Annual administration report of the Civil Veterinary Department, Ajmere-Merwara, British Rajputana - 1914-1940
Year: 1914
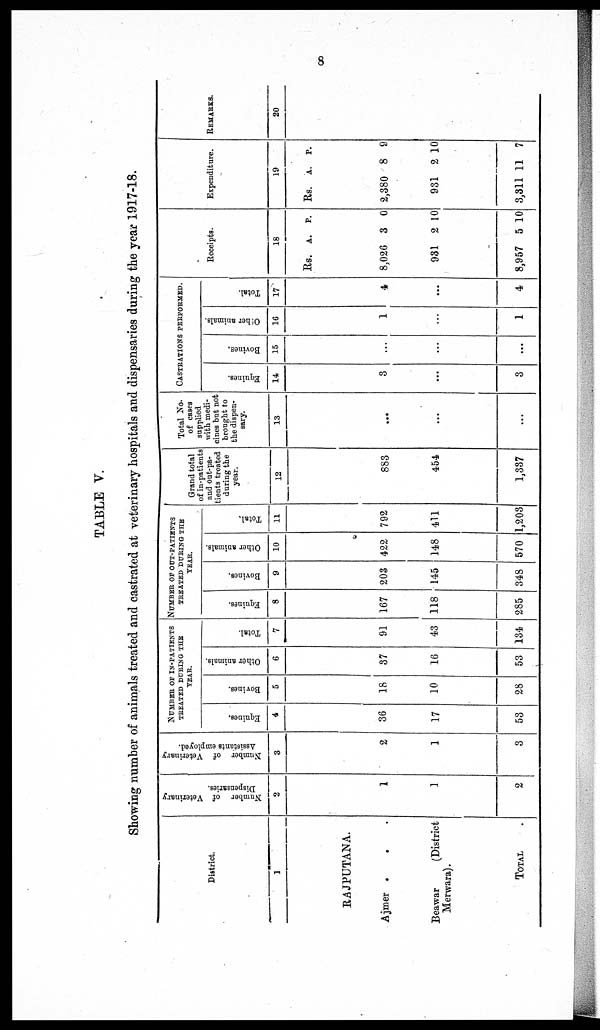
8
TABLE V.
Showing number of animals treated and castrated at veterinary hospitals and dispensaries during the year 1917-18.
District.
1
RAJPUTANA
Ajmer . . .
Beawar
(District
Merwara).
TOTAL .
Number of Veterinary
Dispensaries.
2
1
1
2
Number of Veterinary
Assistants employed.
3
2
1
3
NUMBER OF IN-PATIETS
TREATED DURING THE
YEAR.
Equines.
4
36
17
53
Bovines.
5
18
10
28
Other animals.
6
37
16
53
Total.
7
91
43
134
NUMBER OF OUT-PATIENTS
TREATED DURING THE
YEAR.
Equines.
8
167
118
285
Bovines.
9
203
145
348
Other animals.
10
422
148
570
Total.
11
792
411
1,203
Grand total
of in-patients
and out-pa-
tients treated
during the
year.
12
883
454
1,337
Total No.
of cases
supplied
with medi-
cines but not
brought to
the dispen-
sary.
13
...
...
...
CASTRATION PERFORMED.
Equines.
14
3
...
3
Bovines.
15
...
...
...
Other animals.
16
1
...
1
Total.
17
4
...
4
Receipts.
18
Rs.
A. P.
8,026
931
8,957
3
2
5
0
10
10
Expenditure.
19
Rs. A. P.
2,380
931
3,311
8
2
11
9
10
7
REMARKS.
20